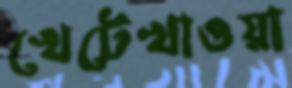
খেটেখাওয়া